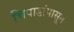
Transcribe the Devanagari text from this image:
चिपाडांपासून